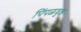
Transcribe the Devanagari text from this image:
पिंपळवृक्ष